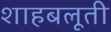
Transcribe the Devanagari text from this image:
शाहबलूती